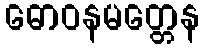
ဓောဝနမတ္တေန